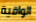
الواقية